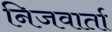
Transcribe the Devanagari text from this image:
निजवार्ता